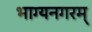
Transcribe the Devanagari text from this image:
भाग्यनगरम्